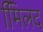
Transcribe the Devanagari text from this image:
मििलद